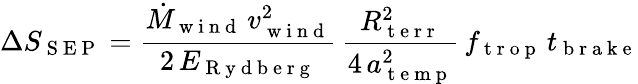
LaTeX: \Delta S_{\mathrm{~S~E~P~}}=\frac{\dot{M}_{\mathrm{~w~i~n~d~}}\, v_{\mathrm{~w~i~n~d~}}^{2}}{2\, E_{\mathrm{~R~y~d~b~e~r~g~}}}\, \frac{R_{\mathrm{~t~e~r~r~}}^{2}}{4\, a_{\mathrm{~t~e~m~p~}}^{2}}\, f_{\mathrm{~t~r~o~p~}}\, t_{\mathrm{~b~r~a~k~e~}}